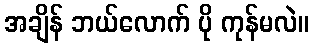
အချိန် ဘယ်လောက် ပို ကုန်မလဲ။